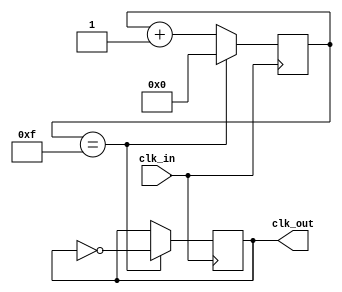
module FractionalClockDivider (
    input wire clk_in,
    output wire clk_out
);

reg [15:0] counter = 16'h0000;
reg [7:0] divisor = 8'h0F;

always @(posedge clk_in) begin
    if (counter == divisor) begin
        counter <= 16'h0000;
        clk_out <= ~clk_out;
    end else begin
        counter <= counter + 1;
    end
end

endmodule